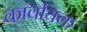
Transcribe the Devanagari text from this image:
कावयिक